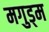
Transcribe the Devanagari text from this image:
मगुड्म